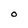
Character: O